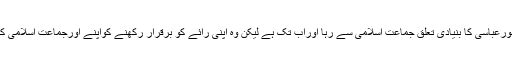
یہاں یہ بات مدِّنظررہنی چاہیے کہ محمدانورعباسی کا بنیادی تعلق جماعتِ اسلامی سے رہا اوراب تک ہے لیکن وہ اپنی رائے کو برقرار رکھنے کواپنے اورجماعتِ اسلامی کے لیے ایک قابلِ فخر مثال قراردیتے ہیں۔